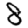
Digit: 8